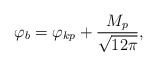
\begin{align*}\varphi_{b}=\varphi_{kp}+\frac{M_{p}}{\sqrt{12\pi}},\end{align*}